Vaccination report Assam 1874-1896 - 1874-1896
Year: 1874
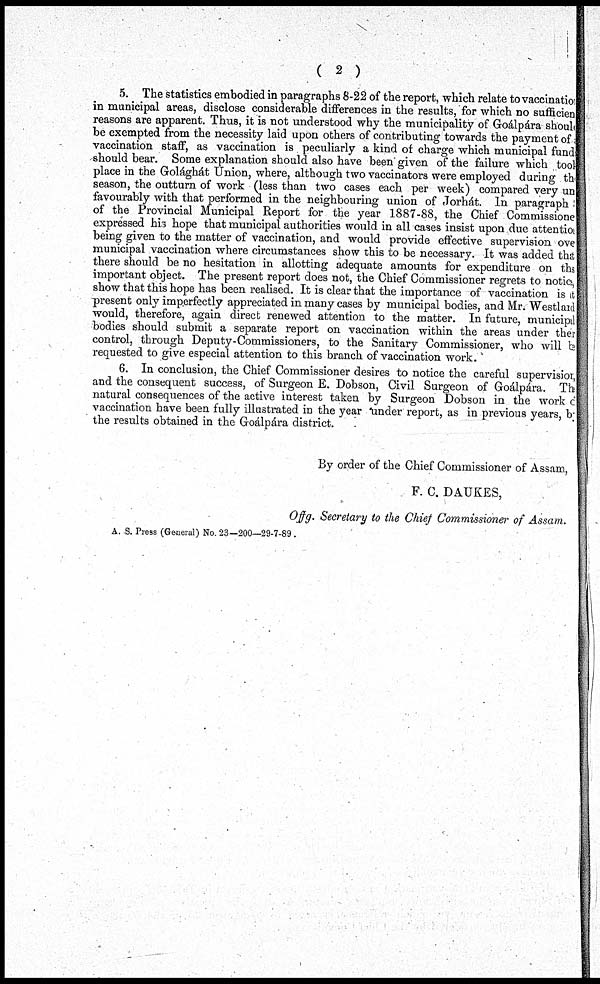
( 2 )
5. The statistics embodied in paragraphs 8-22 of the report, which relate to vaccination
in municipal areas, disclose considerable differences in the results, for which no sufficient
reasons are apparent. Thus, it is not understood why the municipality of Goálpára- should
be exempted from the necessity laid upon others of contributing towards the payment of a
vaccination staff, as vaccination is peculiarly a kind of charge which municipal funds
should bear. Some explanation should also have been given of the failure which tool
place in the Golághát Union, where, although two vaccinators were employed during the
season, the outturn of work (less than two cases each per week) compared very un
favourably with that performed in the neighbouring union of Jorhát. In paragraph
of the Provincial Municipal Report for the year 1887-88, the Chief Commissione
expressed his hope that municipal authorities would in all cases insist upon due attention
being given to the matter of vaccination, and would provide effective supervision over
municipal vaccination where circumstances show this to be necessary. It was added that
there should be no hesitation in allotting adequate amounts for expenditure on this
important object. The present report does not, the Chief Commissioner regrets to notice,
show that this hope has been realised. It is clear that the importance of vaccination is it
present only imperfectly appreciated in many cases by municipal bodies, and Mr. Westlard
would, therefore, again direct renewed attention to the matter. In future, municipal
bodies should submit a separate report on vaccination within the areas under there
control, through Deputy-Commissioners, to the Sanitary Commissioner, who will be
requested to give especial attention to this branch of vaccination work.
6. In conclusion, the Chief Commissioner desires to notice the careful supervisior,
and the consequent success, of Surgeon E. Dobson, Civil Surgeon of Goálpára. The
natural consequences of the active interest taken by Surgeon Dobson in the work c
vaccination have been fully illustrated in the year under report, as in previous years, by
the results obtained in the Goálpára district.
By order of the Chief Commissioner of Assam,
F. C. DAUKES,
Offg. Secretary to the Chief Commissioner of Assam.
A. S. Press (General) No. 23—200—29-7-89.